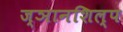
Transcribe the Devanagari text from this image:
ज्ञानशिल्प